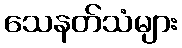
သေနတ်သံများ